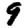
Digit: 9